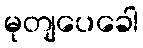
မုတျပေခေါ